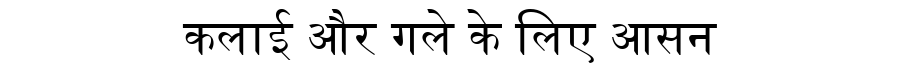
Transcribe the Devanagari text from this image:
कलाई और गले के लिए आसन